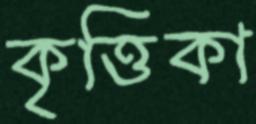
কৃত্তিকা